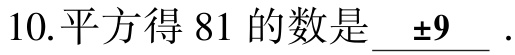
10.平方得 81 的数是 \(\pm9\).